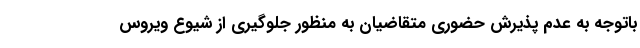
باتوجه به عدم پذیرش حضوری متقاضیان به منظور جلوگیری از شیوع ویروس